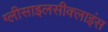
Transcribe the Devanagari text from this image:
ग्लीसाइलसीक्लाइंस